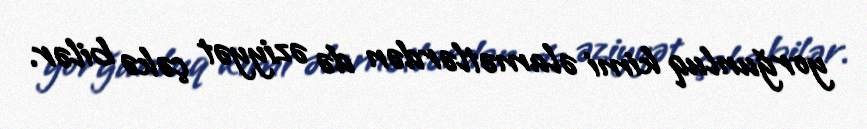
yorğunluq kimi əlamətlərdən də əziyyət çəkə bilər.